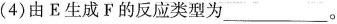
(4)由E生成F的反应类型为___。